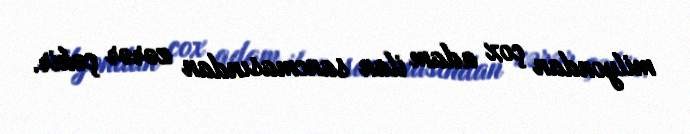
milyondan çox adam ilan sancmasından zərər çəkir.